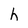
Character: h